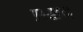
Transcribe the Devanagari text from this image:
प्रश्नद